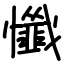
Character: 懺